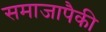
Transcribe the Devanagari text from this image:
समाजापैकी